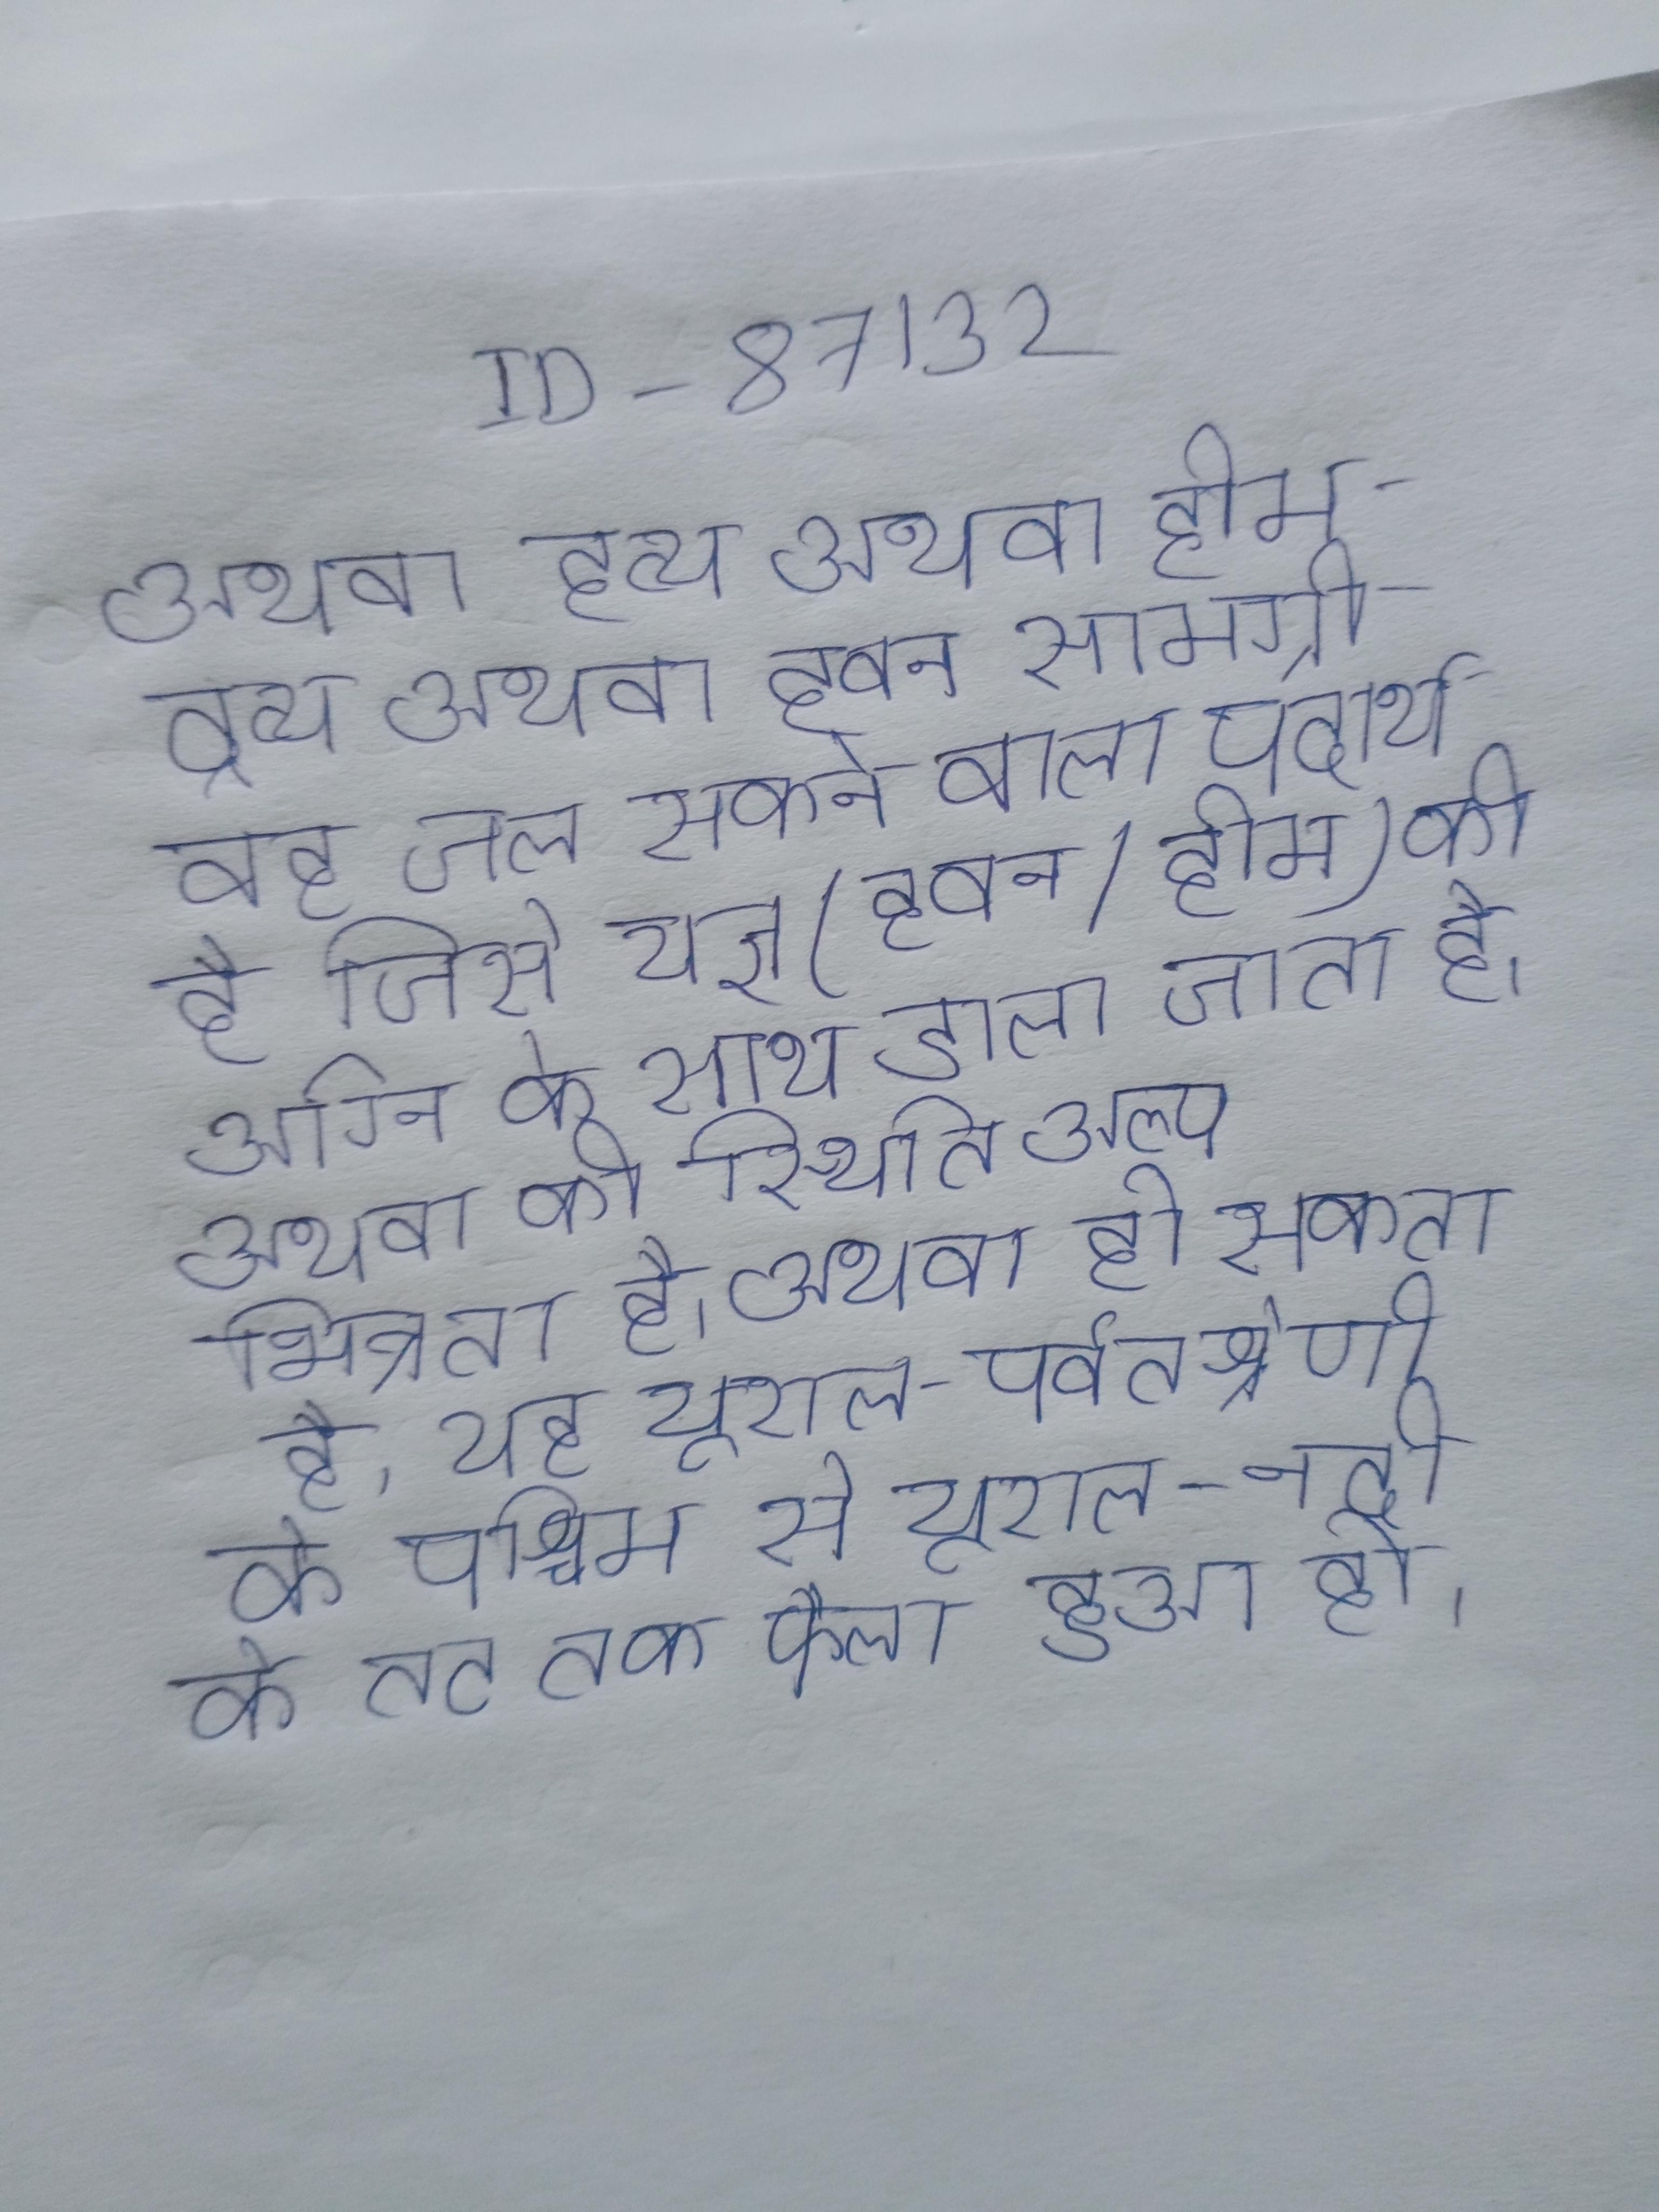
अथवा हव्य अथवा होम-द्रव्य अथवा हवन सामग्री वह जल सकने वाला पदार्थ है जिसे यज्ञ (हवन/होम) की अग्नि के साथ डाला जाता है । अथवा की स्थिति अल्प भिन्नता है । अथवा हो सकता है, यह यूराल-पर्वतश्रेणी के पश्चिम से यूराल-नदी के तट तक फैला हुआ हो ।